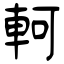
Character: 軻